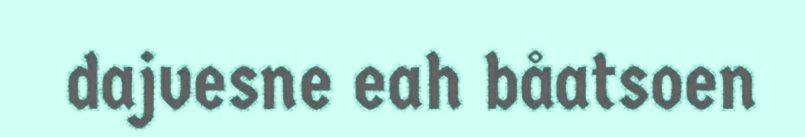
dajvesne eah båatsoen